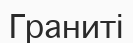
Граниті